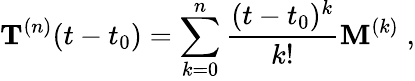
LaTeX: {\mathbf T}^{(n)}(t-t_{0})=\sum_{k=0}^{n}\frac{(t-t_{0})^{k}}{k!}{\mathbf M}^{(k)}\; ,